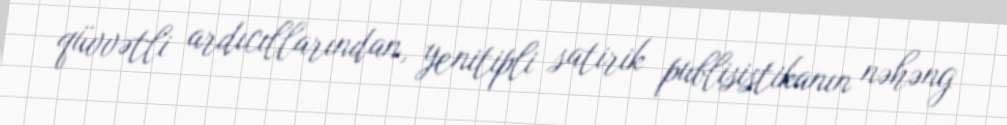
qüvvətli ardıcıllarından, yenitipli satirik publisistikanın nəhəng